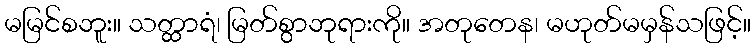
မမြင်စဘူး။ သတ္ထာရံ၊ မြတ်စွာဘုရားကို။ အတုတေန၊ မဟုတ်မမှန်သဖြင့်။